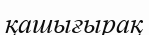
қашығырақ